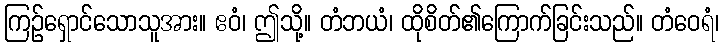
ကြဉ်ရှောင်သောသူအား။ ဧဝံ၊ ဤသို့။ တံဘယံ၊ ထိုစိတ်၏ကြောက်ခြင်းသည်။ တံဝေရံ၊